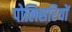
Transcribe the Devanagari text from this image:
पोलिसरियों